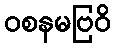
ဝစနမဗြဝိ